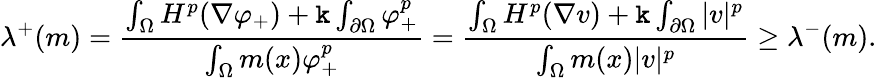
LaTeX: \lambda^{+}(m)=\frac{\int_{\Omega}H^{p}(\nabla\varphi_{+})+\mathtt k\int_{\partial\Omega}\varphi_{+}^{p}}{\int_{\Omega}m(x)\varphi_{+}^{p}}=\frac{\int_{\Omega}H^{p}(\nabla v)+\mathtt k\int_{\partial\Omega}|v|^{p}}{\int_{\Omega}m(x)|v|^{p}}\ge\lambda^{-}(m).